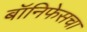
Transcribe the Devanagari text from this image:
बॉनिफेसचा